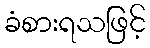
ခံစားရသဖြင့်